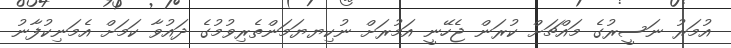
އުމަރު ނަސީރުގެ މައްޗަށް ކުރަން ޖެހޭނީ އަމުރަށް ނުކިޔޔަމަންތެރިވުމުގެ ދައުވާ ކަމަށް އެމަނިކުފާނު